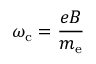
\omega _ { \mathrm { c } } = \frac { e B } { m _ { \mathrm { e } } }